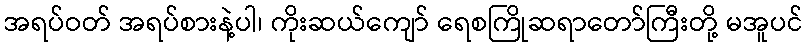
အရပ်ဝတ် အရပ်စားနဲ့ပါ၊ ကိုးဆယ်ကျော် ရေစကြိုဆရာတော်ကြီးတို့ မအူပင်